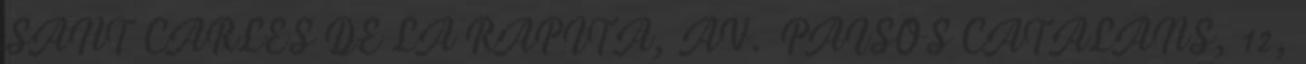
SANT CARLES DE LA RAPITA, AV. PAISOS CATALANS, 12,